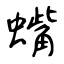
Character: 蟕